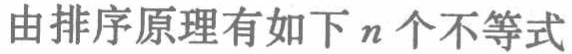
由排序原理有如下\(n\)个不等式